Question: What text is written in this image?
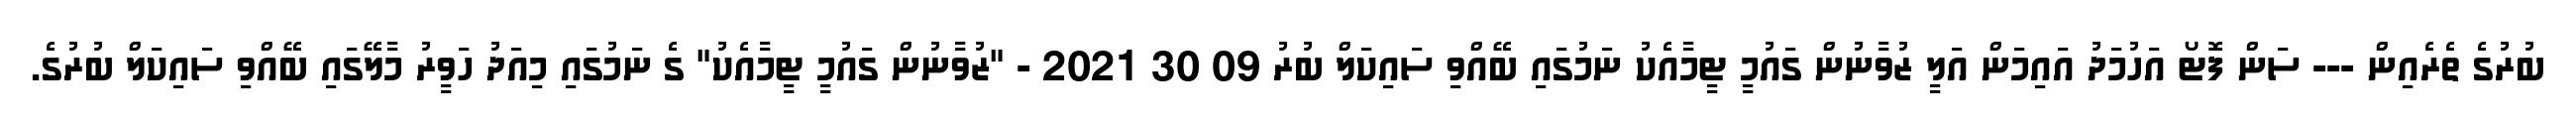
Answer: ބުރުގެ ތެރެއިން --- ސަން ފޮޓޯ އަހުމަދު އައިމަން އަލީ ޒުވާނުން ގައުމީ ޓީމާއެކު ނަމުގައި ބޭއްވި ސައިކަލް ބުރު 09 30 2021 - "ޒުވާނުން ގައުމީ ޓީމާއެކު" ގެ ނަމުގައި މިއަދު ހަވީރު މާލޭގައި ބޭއްވި ސައިކަލް ބުރުގެ.